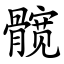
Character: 髋